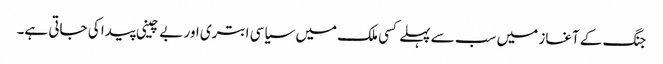
جنگ کے آغاز میں سب سے پہلے کسی ملک میں سیاسی ابتری اور بے چینی پیدا کی جاتی ہے۔